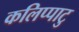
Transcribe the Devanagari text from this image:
कलिप्पाटु